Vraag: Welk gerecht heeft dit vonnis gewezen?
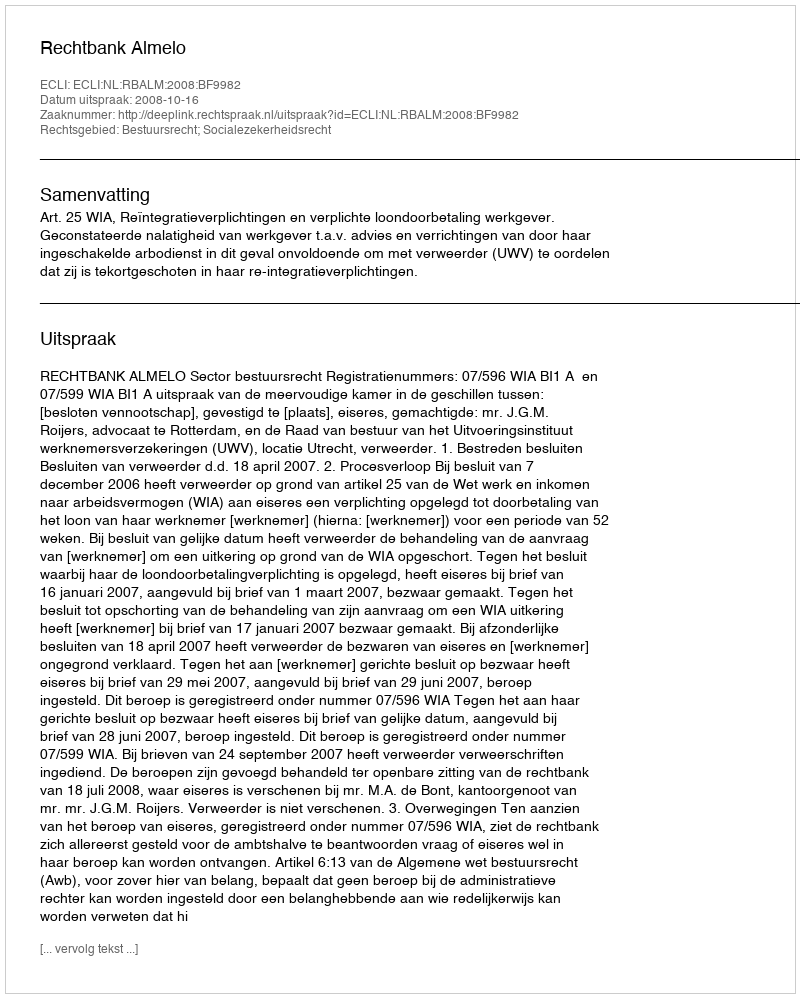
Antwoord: Rechtbank Almelo